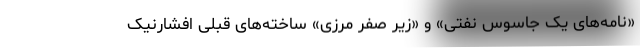
«نامه‌های یک جاسوس نفتی» و «زیر صفر مرزی» ساخته‌های قبلی افشارنیک